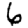
Digit: 6